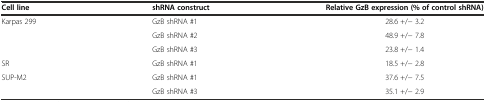
| Cell line | shRNA construct | Relative GzB expression (% of control shRNA) |
 | --- | --- | --- |
 | <ROWSPAN=3> Karpas 299 | GzB shRNA #1 | 28.6 +/− 3.2 |
 | GzB shRNA #2 | 48.9 +/− 7.8 |
 | GzB shRNA #3 | 23.8 +/− 1.4 |
 | SR | GzB shRNA #1 | 18.5 +/− 2.8 |
 | <ROWSPAN=2> SUP-M2 | GzB shRNA #1 | 37.6 +/− 7.5 |
 | GzB shRNA #3 | 35.1 +/− 2.9 |